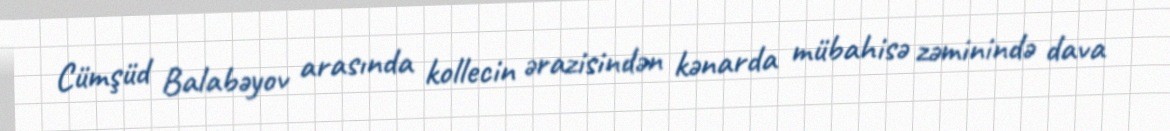
Cümşüd Balabəyov arasında kollecin ərazisindən kənarda mübahisə zəminində dava